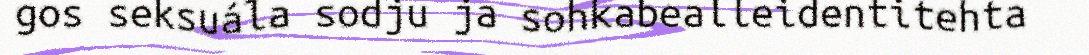
gos seksuála sodju ja sohkabealleidentitehta